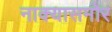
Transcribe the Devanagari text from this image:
नाक्‍यासमोर